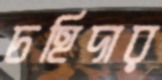
চহিদার